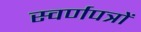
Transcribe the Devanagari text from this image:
स्वर्णपत्रों